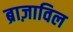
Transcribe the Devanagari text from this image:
ब्राज़ाविल